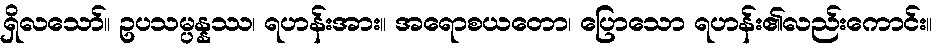
ရှိလသော်။ ဥပသမ္ပန္နဿ၊ ရဟန်းအား။ အရောစယတော၊ ပြောသော ရဟန်း၏လည်းကောင်း။